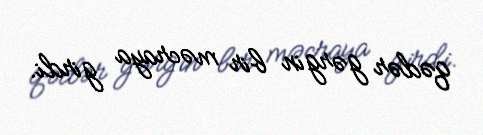
qədər gərgin bir məcraya girdi.